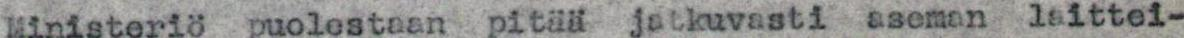
Ministeriö puolestaan pitää jatkuvasti aseman leittei